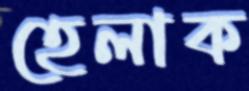
হেলাক